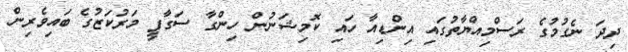
ދިދަ ނެގުމުގެ ރަސްމިއްޔާތުގައި އިންޑިއާ ހައި ކޮމިޝަނުން ހިންގާ ސަގާފީ މަރުކަޒުގެ ބައިވެރިން